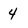
Character: 4